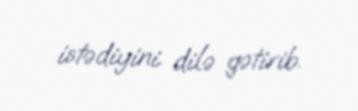
istədiyini dilə gətirib.